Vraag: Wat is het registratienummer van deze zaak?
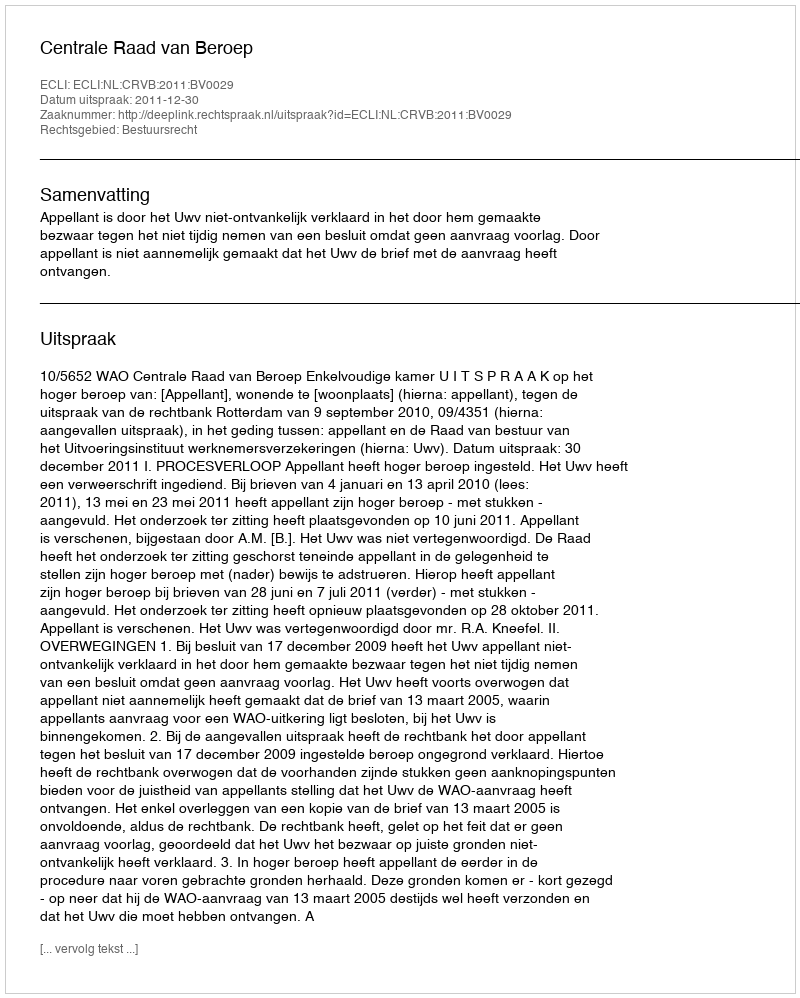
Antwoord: http://deeplink.rechtspraak.nl/uitspraak?id=ECLI:NL:CRVB:2011:BV0029